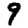
Digit: 9